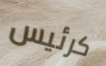
كرئيس